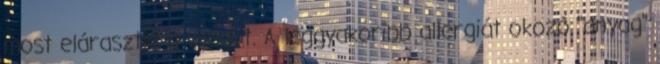
most elárasztja a világot. A leggyakoribb allergiát okozó "anyag"